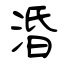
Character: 涽